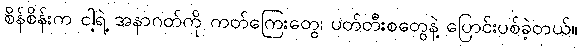
စိန်စိန်းက ငါ့ရဲ့ အနာဂတ်ကို ကတ်ကြေးတွေ၊ ပတ်တီးစတွေနဲ့ ပြောင်းပစ်ခဲ့တယ်။